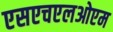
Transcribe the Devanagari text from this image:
एसएचएलओएम